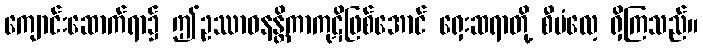
ကျောင်းဆောက်ရာ၌ ဤဥဿာဝနန္တိကာကုဋိဖြစ်အောင် ရှေးဆရာတို့ စီမံလေ့ ရှိကြသည်။